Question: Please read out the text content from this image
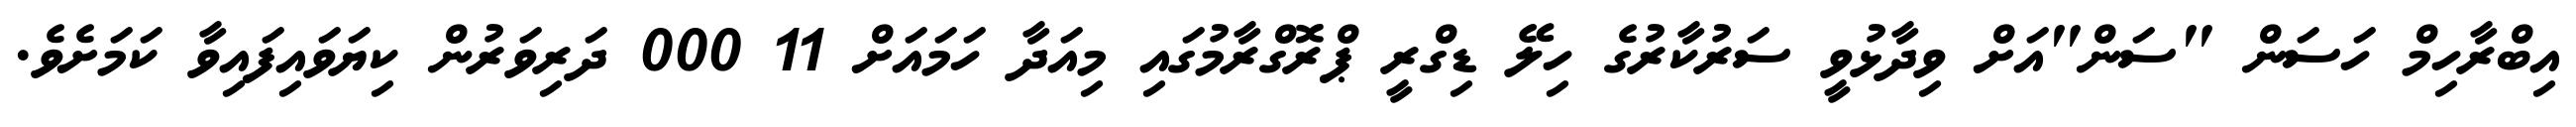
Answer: އިބްރާހިމް ހަސަން "ސަން"އަށް ވިދާޅުވީ ސަރުކާރުގެ ހިލޭ ޑިގްރީ ޕްރޮގްރާމުގައި މިއަދާ ހަމައަށް 11 000 ދަރިވަރުން ކިޔަވައިފައިވާ ކަމަށެވެ.